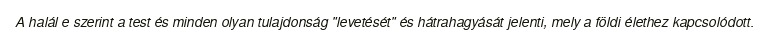
A halál e szerint a test és minden olyan tulajdonság "levetését" és hátrahagyását jelenti, mely a földi élethez kapcsolódott.